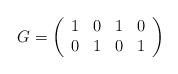
LaTeX: \begin{align*} G= \left( \begin{array}{cccc} 1 & 0 & 1 & 0 \\ 0 & 1 & 0 & 1 \\ \end{array} \right) \end{align*}